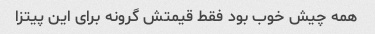
همه چیش خوب بود فقط قیمتش گرونه برای این پیتزا